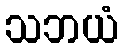
သဘယံ